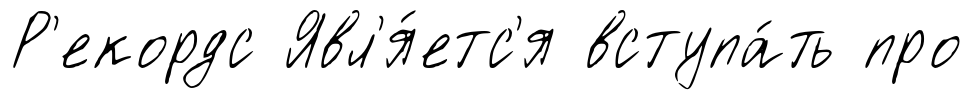
Р'екордс Явл'я́етс'я вступа́ть про